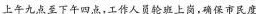
上午九点至下午四点，工作人员轮班上岗，确保市民度